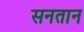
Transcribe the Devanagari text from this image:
सनतान